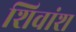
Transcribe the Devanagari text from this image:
शिवांश